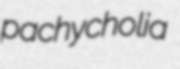
pachycholia